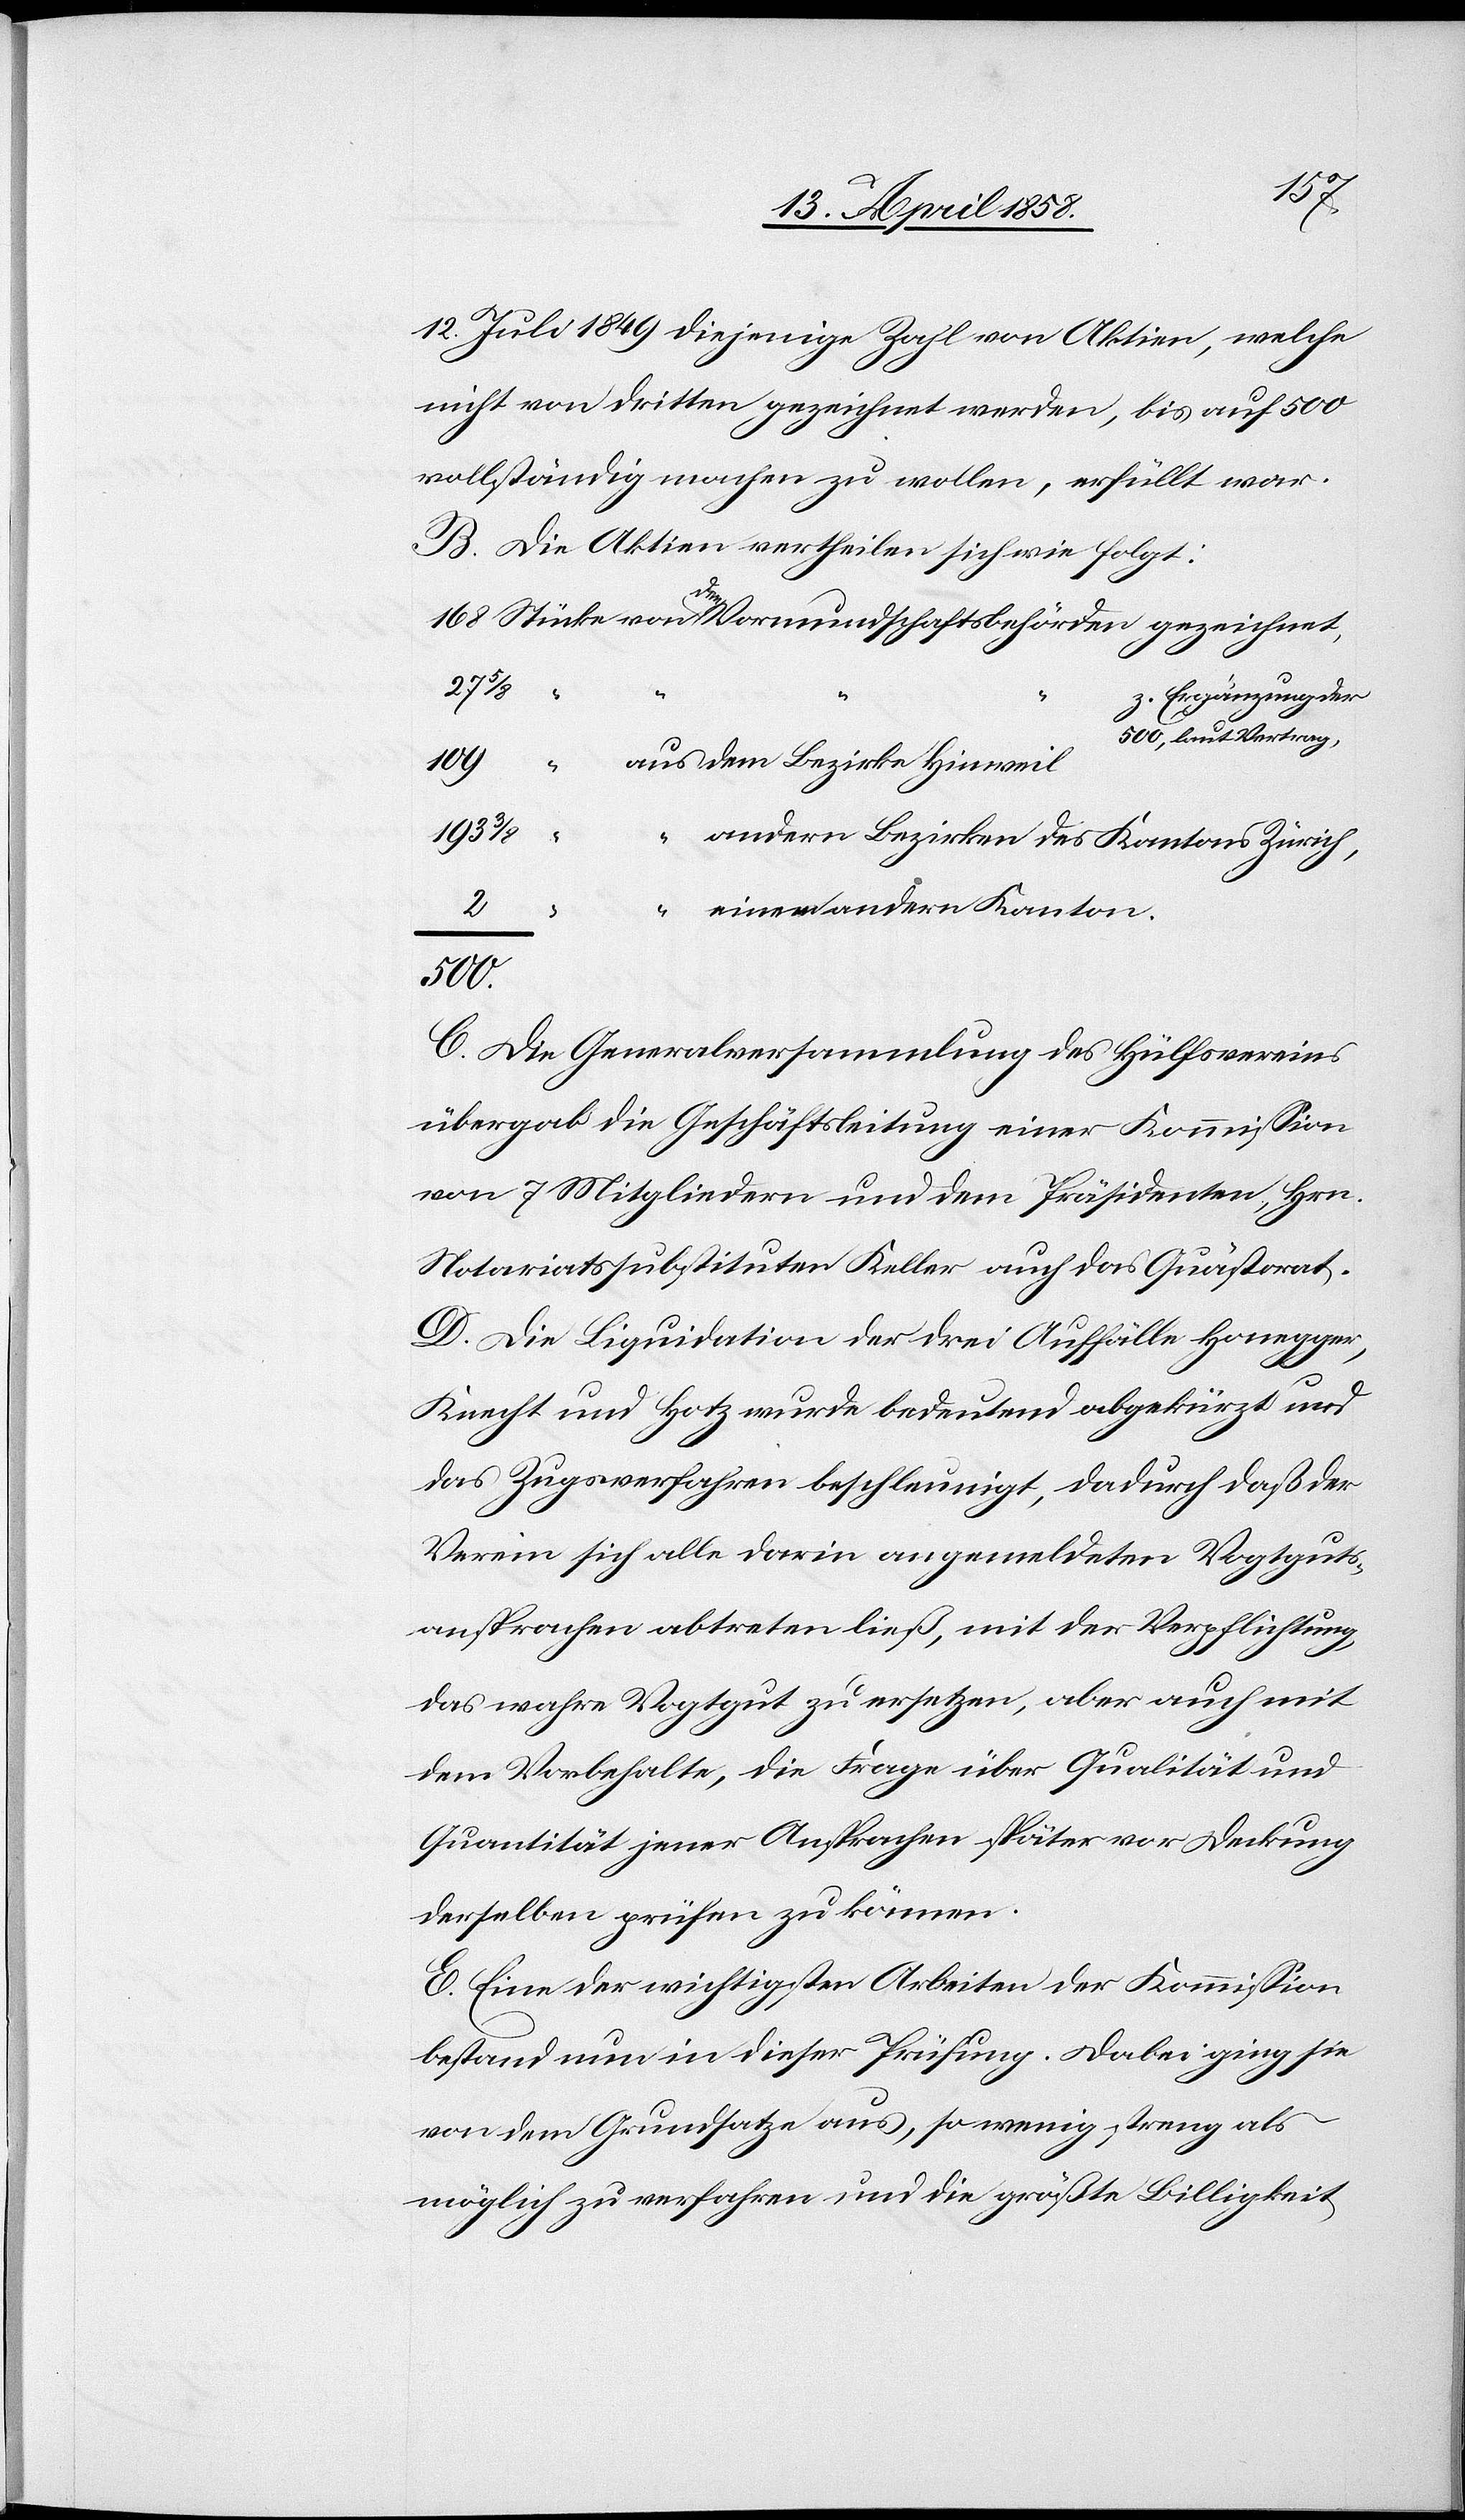
12. Juli 1849 diejenige Zahl von Aktiven, welche
nicht von Dritten gezeichnet werden, bis auf 500
vollständig machen zu wollen, erfüllt war.
B. Die Aktiven vertheilen sich wie folgt:
27 5/8
z. Ergänzung der
500, laut Vertrag
109
dem Bezirke Hinweil
2
“
andern Bezirken des Kantons Zürich
n Kanton
500.
C. Die Generalversammlung des Hülfsvereins
übergab die Geschäftsleitung einer Kommission
von 7 Mitgliedern und dem Präsidenten, Hrn.
Notariatssubstituten Keller auch das Quästorat.
D. Die Liquidation der drei Auffälle Honegger,
Knecht und Hotz wurde bedeutend abgekürzt und
das Zugsverfahren beschleunigt, dadurch daß der
Verein sich alle darin angemeldeten Vogtguts¬
ansprachen abtreten ließ, mit der Verpflichtung,
den
das wahre Vogtgut zu ersetzen, aber auch mit
dem Vorbehalte, die Frage über Qualität und
Quantität jener Ansprachen später vor Deckung
derselben prüfen zu können.
E. Eine der wichtigsten Arbeiten der Kommission
bestand nun in dieser Prüfung. Dabei ging sie
von dem Grundsatze aus, so wenig streng als
möglich zu verfahren und die größte Billigkeit